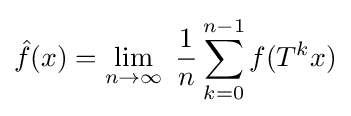
{\hat {f}}(x)=\lim _{n\rightarrow \infty }\;{\frac {1}{n}}\sum _{k=0}^{n-1}f(T^{k}x)